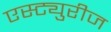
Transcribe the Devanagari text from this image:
एस्ट्युरीज